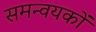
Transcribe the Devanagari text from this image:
समन्वयकों